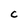
Character: C